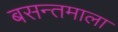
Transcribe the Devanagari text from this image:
बसन्तमाला